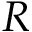
{ \cal R }